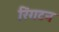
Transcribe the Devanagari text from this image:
रिंगटन